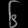
Digit: ၆